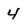
Character: 4